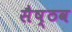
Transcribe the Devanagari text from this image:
सैष्ठव